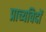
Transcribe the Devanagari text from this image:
प्राच्यविदों